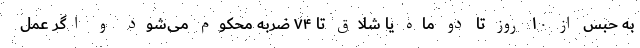
به حبس از ۱۰ روز تا دو ماه یا شلاق تا ۷۴ ضربه محکوم می‌شود و اگر عمل